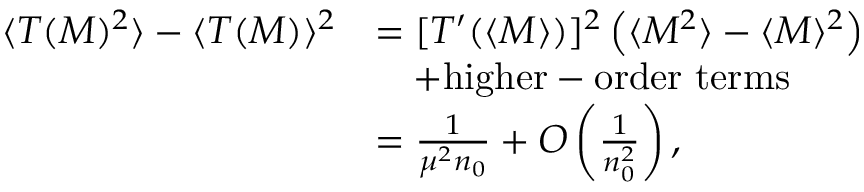
\begin{array} { r l } { \langle T ( M ) ^ { 2 } \rangle - \langle T ( M ) \rangle ^ { 2 } } & { = [ T ^ { \prime } ( \langle M \rangle ) ] ^ { 2 } \left( \langle M ^ { 2 } \rangle - \langle M \rangle ^ { 2 } \right) } \\ & { \quad + \mathrm { h i g h e r - o r d e r ~ t e r m s } } \\ & { = \frac { 1 } { \mu ^ { 2 } n _ { 0 } } + O \left( \frac { 1 } { n _ { 0 } ^ { 2 } } \right) , } \end{array}